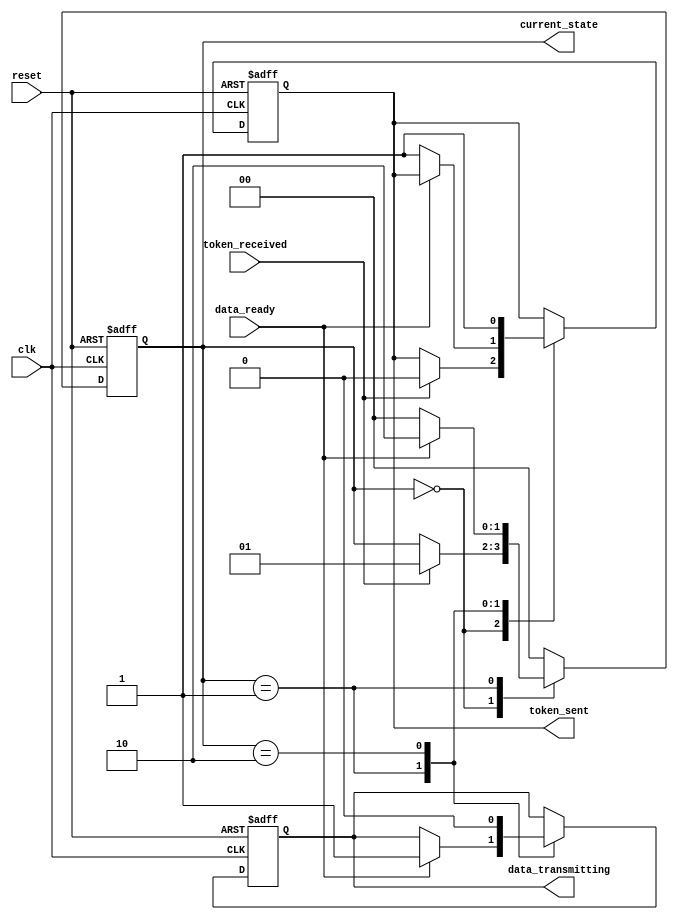
module token_ring_synchronizer (
    input wire clk,               // Clock input
    input wire reset,             // Asynchronous reset
    input wire token_received,     // Signal indicating token is received
    input wire data_ready,        // Signal indicating data is ready to send
    output reg token_sent,        // Signal indicating token is being sent
    output reg data_transmitting, // Signal indicating data transmission
    output reg [1:0] current_state // Current state of the FSM
);

    // State Definitions
    localparam IDLE = 2'b00;
    localparam TOKEN_PRESENT = 2'b01;
    localparam DATA_TRANSMISSION = 2'b10;

    // State transition logic
    always @(posedge clk or posedge reset) begin
        if (reset) begin
            current_state <= IDLE;
            token_sent <= 0;
            data_transmitting <= 0;
        end else begin
            case (current_state)
                IDLE: begin
                    if (token_received) begin
                        current_state <= TOKEN_PRESENT;
                        token_sent <= 0; // Reset token sent state
                    end
                end
                
                TOKEN_PRESENT: begin
                    if (data_ready) begin
                        current_state <= DATA_TRANSMISSION;
                        data_transmitting <= 1; // Start data transmission
                    end else begin
                        // Pass the token to the next node
                        token_sent <= 1; // Indicate that the token is being sent
                        current_state <= IDLE;
                    end
                end
                
                DATA_TRANSMISSION: begin
                    // Assume data transmission takes one clock cycle
                    data_transmitting <= 0; // End data transmission
                    token_sent <= 1; // Pass the token after transmission
                    current_state <= IDLE; // Go back to idle state
                end
                
                default: begin
                    current_state <= IDLE; // Default to IDLE state
                end
            endcase
        end
    end

endmodule